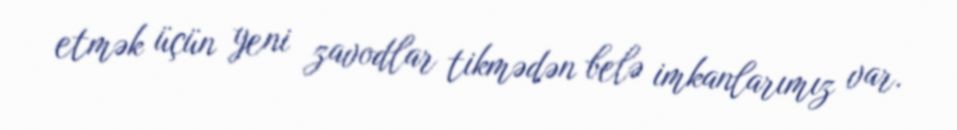
etmək üçün yeni zavodlar tikmədən belə imkanlarımız var.